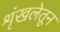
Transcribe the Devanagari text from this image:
शृंखलेतून